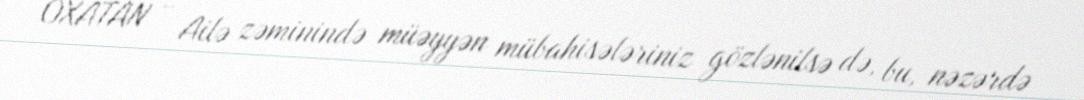
OXATAN - Ailə zəminində müəyyən mübahisələriniz gözlənilsə də, bu, nəzərdə